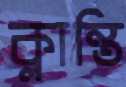
ক্লান্তি